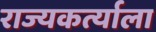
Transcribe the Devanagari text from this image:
राज्यकर्त्याला